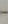
-